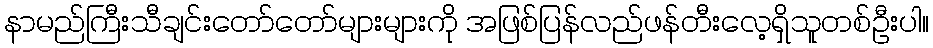
နာမည်ကြီးသီချင်းတော်တော်များများကို အဖြစ်ပြန်လည်ဖန်တီးလေ့ရှိသူတစ်ဦးပါ။